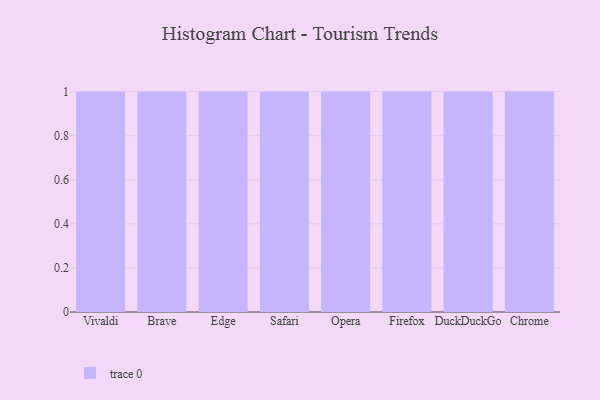
{"axis": {"x": "Browser", "y": "Satisfaction Score"}, "legend": [""], "data": [{"x": "Vivaldi", "y": 88, "type": ""}, {"x": "Brave", "y": 47, "type": ""}, {"x": "Edge", "y": 33, "type": ""}, {"x": "Safari", "y": 84, "type": ""}, {"x": "Opera", "y": 43, "type": ""}, {"x": "Firefox", "y": 29, "type": ""}, {"x": "DuckDuckGo", "y": 65, "type": ""}, {"x": "Chrome", "y": 62, "type": ""}]}